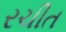
રચીત